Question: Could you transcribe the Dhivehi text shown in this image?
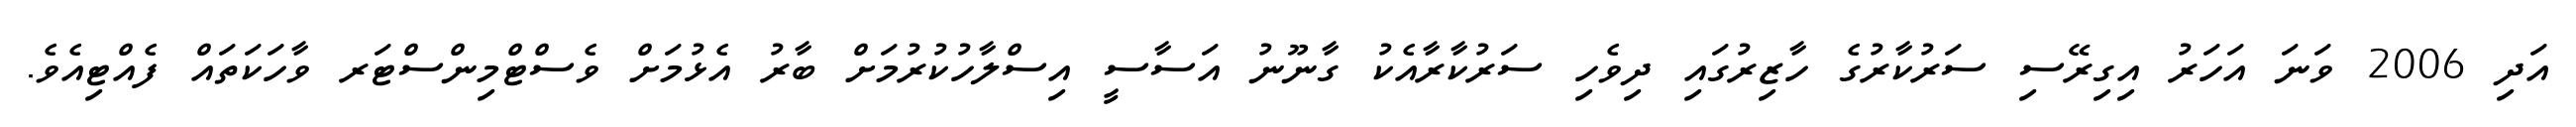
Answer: އަދި 2006 ވަނަ އަހަރު އިގިރޭސި ސަރުކާރުގެ ހާޒިރުގައި ދިވެހި ސަރުކާރާއެކު ގާނޫނު އަސާސީ އިސްލާހުކުރުމަށް ބާރު އެޅުމަށް ވެސްޓްމިންސްޓަރ ވާހަކަތައް ފެއްޓިއެވެ.